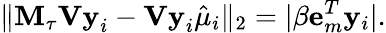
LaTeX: \| \mathbf{M}_{\tau}\mathbf{Vy}_{i}-\mathbf{Vy}_{i}\hat{\mu}_{i}\| _{2}=\vert\beta\mathbf{e}_{m}^{T}\mathbf{y}_{i}\vert.